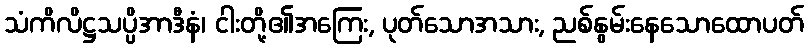
သံကိလိဋ္ဌသပ္ပိအာဒီနံ၊ ငါးတို့၏အကြေး, ပုတ်သောအသား, ညစ်နွမ်းနေသောထောပတ်